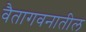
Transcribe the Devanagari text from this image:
वैतागवनातील